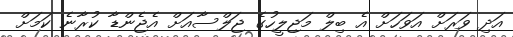
އަދި ވަރަށް އަވަހަށް އެ ބިލް މަޖިލީހުގެ ޖަލްސާއަށް އެޖެންޑާ ކުރާނެ ކަމަށް